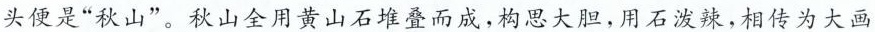
头便是”秋山”。秋山全用黄山石堆叠而成，构思大胆，用石泼辣，相传为大画